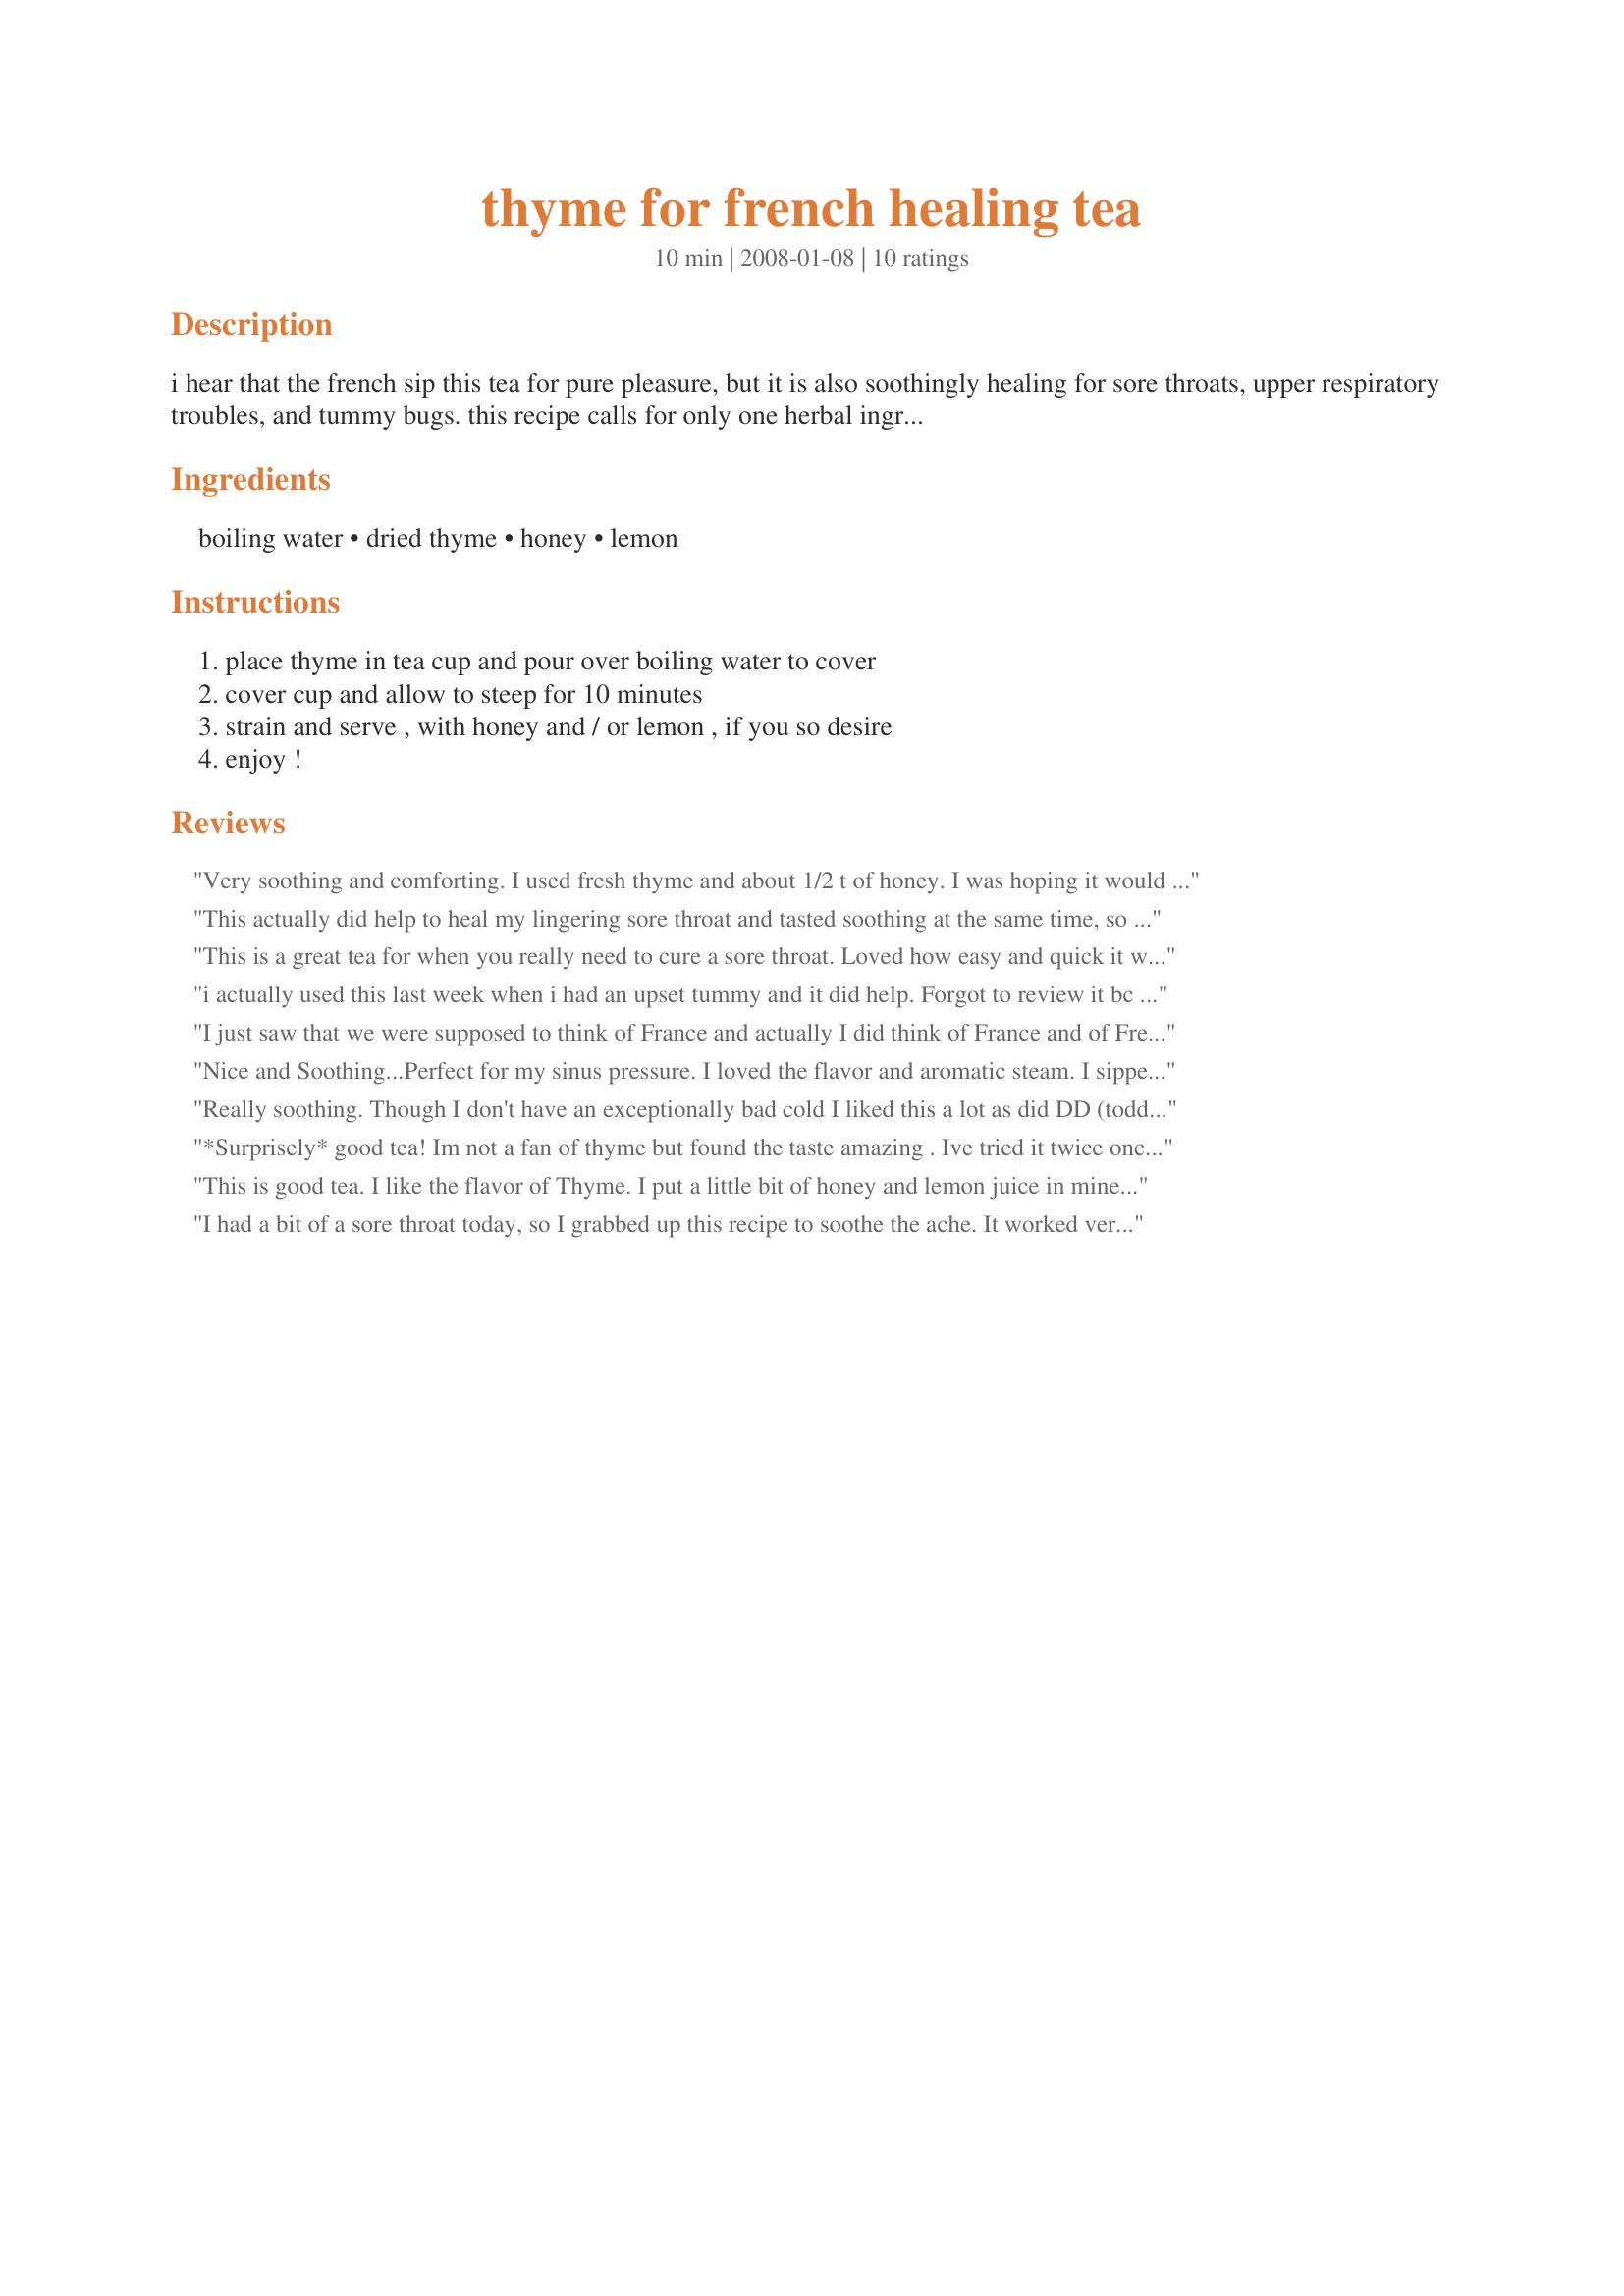
thyme for french healing tea
Preparation time: 10 minutes

i hear that the french sip this tea for pure pleasure, but it is also soothingly healing for sore throats, upper respiratory troubles, and tummy bugs.
this recipe calls for only one herbal ingredient, and you probably have it in your kitchen pantry. as you sip your drink, take a moment to think of cozy french farmhouses surrounded by fields just beginning to thaw after the long cold winter. oh, for the simple life..... french tart, i am thinking of you! adapted from cait johnson, assistant producer, care2 healthy living channels.

Ingredients:
boiling water, dried thyme, honey, lemon

Steps:
place thyme in tea cup and pour over boiling water to cover, cover cup and allow to steep for 10 minutes, strain and serve , with honey and / or lemon , if you so desire, enjoy !

Reviews:
Very soothing and comforting. I used fresh thyme and about 1/2 t of honey. I was hoping it would help with my cough. It calmed it a bit but it really relaxed me and that was a relief too. Thanks for sharing.
This actually did help to heal my lingering sore throat and tasted soothing at the same time, so 5 stars to that! I will definitely be making this at the onset of a sore throat in the future. I have had this 3 times since yesterday and, coincidentally?, my sore throat has pretty much finally disappeared! It turns out there are a lot of healing properties to thyme, http://www.theepicentre.com/Spices/thyme.html. Yea! Thanks Sharon!
This is a great tea for when you really need to cure a sore throat. Loved how easy and quick it was to prepare and how soothing it felt. I made it using dried herbs and the flavour was very strong, but thats ok. Ill definitely try it with fresh thyme as well, though just to see which one I like more.<br/>THANK YOU SO MUCH for sharing, Sharon!<br/>Made and reviewed for the NA/ME Veggie Forum Sund and Spice Event February 2013.
i actually used this last week when i had an upset tummy and it did help. Forgot to review it bc i was sick a few days. Thanks so much for the recipe sharon.
I just saw that we were supposed to think of France and actually I did think of France and of French Tart since she's the only one from the zaar that I know from there.DDs both with the cold bug so this was really soothing for me .Had it without honey or lemon.
Nice and Soothing...Perfect for my sinus pressure. I loved the flavor and aromatic steam. I sipped it plain. Thanks for this keeper recipe Sharon! Freddy Cat says this is better than cat nip! Made for 1-2-3 hit wonders.
Really soothing. Though I don't have an exceptionally bad cold I liked this a lot as did DD (toddler) with creamed honey. I will make this again weather sick or not.
*Surprisely* good tea! Im not a fan of thyme but found the taste amazing . Ive tried it twice once with fresh and once with dried thyme equally good. With the dried thyme I used a coffee paper filter to strain the tea. I also had it with just honey. It smelled heavenly. A very relaxing cup of tea. Thanks Sharon
This is good tea. I like the flavor of Thyme. I put a little bit of honey and lemon juice in mine and it was good. I had a stomach ache last night and this really helped it. Thanks for a great recipe. Made for the Feb 2008 Bevy Tag game.
I had a bit of a sore throat today, so I grabbed up this recipe to soothe the ache.
It worked very well and the flavor was pretty good too. Thanks for posting. :)
